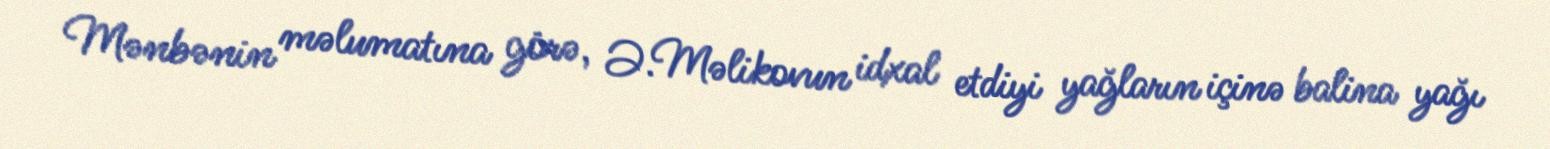
Mənbənin məlumatına görə, Ə.Məlikovun idxal etdiyi yağların içinə balina yağı